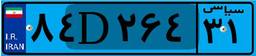
۸۴D۲۶۴۳۱